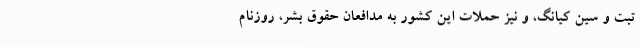
تبت و سین کیانگ، و نیز حملات این کشور به مدافعان حقوق بشر، روزنام